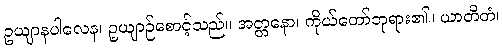
ဥယျာနပါလေန၊ ဥယျာဉ်စောင့်သည်။ အတ္တနော၊ ကိုယ်တော်ဘုရား၏။ ယာတိတံ၊